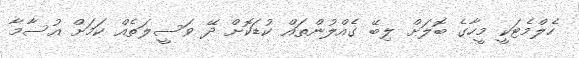
ހެލްމެޓަކީ މީހާގެ ބޮލަށް ލިބޭ ގެއްލުންތައް ކުޑަކޮށް ދޭ ވަސީލަތެއް ކަމަށް އުސާމާ